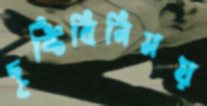
দৃষ্টিবিনিময়